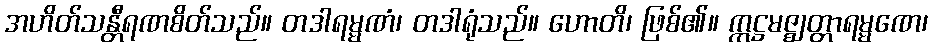
အဟိတ်သန္တီရဏစိတ်သည်။ တဒါရမ္မဏံ၊ တဒါရုံသည်။ ဟောတိ၊ ဖြစ်၏။ ဣဋ္ဌမဇ္ဈတ္တာရမ္မဏေ၊